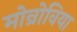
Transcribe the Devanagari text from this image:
मोन्रोविया